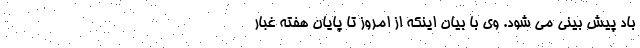
باد پیش بینی می شود. وی با بیان اینکه از امروز تا پایان هفته غبار